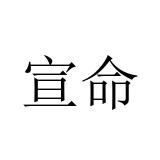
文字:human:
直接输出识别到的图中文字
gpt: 宣命